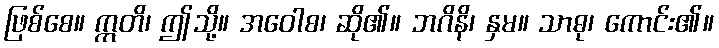
ဖြစ်စေ။ ဣတိ၊ ဤသို့။ အဝေါစ၊ ဆို၏။ ဘဂိနိ၊ နှမ။ သာဓု၊ ကောင်း၏။